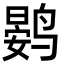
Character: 𮭨